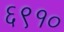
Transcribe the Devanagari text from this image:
६९१०